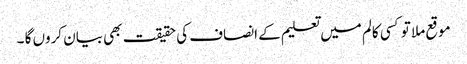
موقع ملا تو کسی کالم میں تعلیم کے انصاف کی حقیقت بھی بیان کروں گا ۔